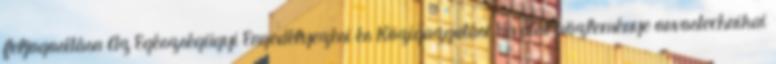
feljogosítása Az Egészségügyi Engedélyezési és Közigazgatási Hivatal közleménye orvostechnikai